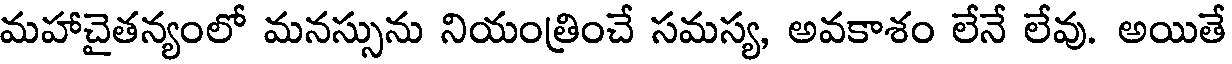
మహాచైతన్యంలో మనస్సును నియంత్రించే సమస్య, అవకాశం లేనే లేవు. అయితే